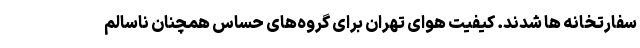
سفارتخانه ها شدند. کیفیت هوای تهران برای گروه‌های حساس همچنان ناسالم